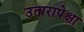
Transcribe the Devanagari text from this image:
उतारापेक्षा